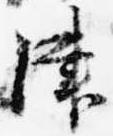
津